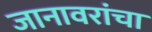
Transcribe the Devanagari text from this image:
जानावरांचा